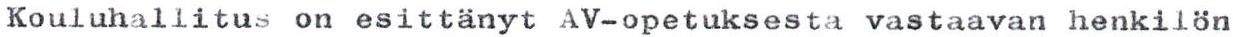
Kouluhallitus on esittänyt AV-opetuksesta vastaavan henkilön